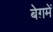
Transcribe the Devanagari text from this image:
बेग़में